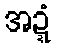
အဍ္ဍံ